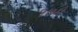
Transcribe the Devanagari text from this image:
१७मे